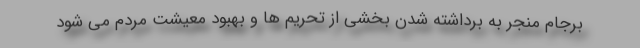
برجام منجر به برداشته شدن بخشی از تحریم ها و بهبود معیشت مردم می شود